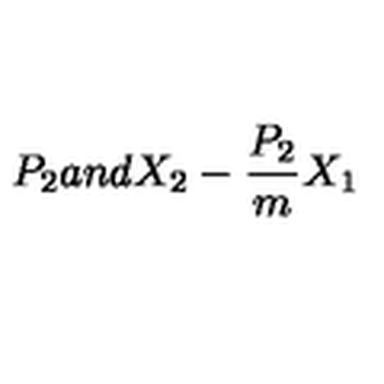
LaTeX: P _ { 2 } a n d X _ { 2 } - \frac { P _ { 2 } } { m } X _ { 1 }